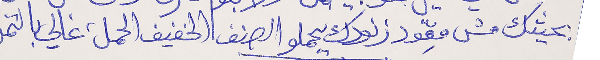
بحيثك مش مِعوّد الهك يحملو الصنف الخفيف الحمل غالي بالتمن